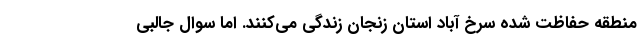
منطقه حفاظت شده سرخ آباد استان زنجان زندگی‌ می‌کنند. اما سوال جالبی